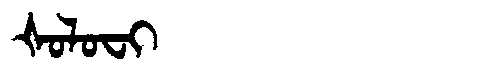
Manchu: ᡧᠣᠯᠣᠸᡳ
Romanization: ŠOLOFI